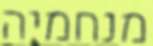
מנחמיה